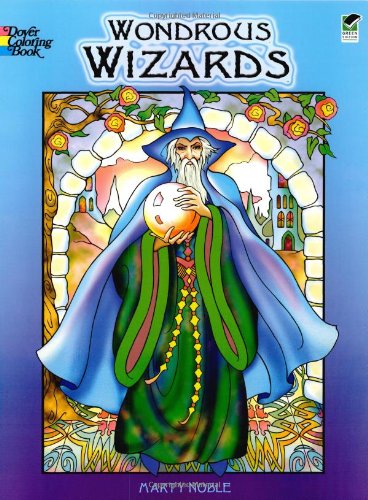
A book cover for Wondrous Wizards (Dover Coloring Books); Marty Noble; Religion & Spirituality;